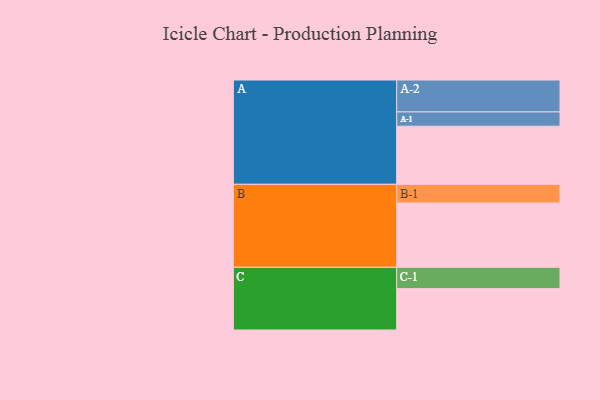
{"axis": {"x": "Segment", "y": "Value"}, "legend": ["", "A", "B", "C"], "data": [{"x": "A", "y": 455, "type": ""}, {"x": "B", "y": 504, "type": ""}, {"x": "C", "y": 324, "type": ""}, {"x": "A-1", "y": 112, "type": "A"}, {"x": "A-2", "y": 250, "type": "A"}, {"x": "B-1", "y": 146, "type": "B"}, {"x": "C-1", "y": 167, "type": "C"}]}